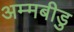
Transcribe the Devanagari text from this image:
अम्मबीडु